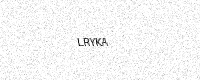
Text: LRYKA